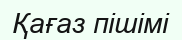
Қағаз пішімі